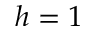
h = 1